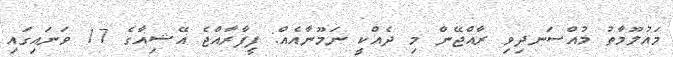
މައުލޫމާތު މުއްސަނދިވި ރާއްޖޭން މި ދެއްކީ ނަމޫނާއެއް: ފީފާރާއްޖެ އޭޝިއާގެ 17 ވަނަައިގައި